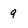
Character: 9